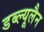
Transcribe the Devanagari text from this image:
डब्ल्यूलैन